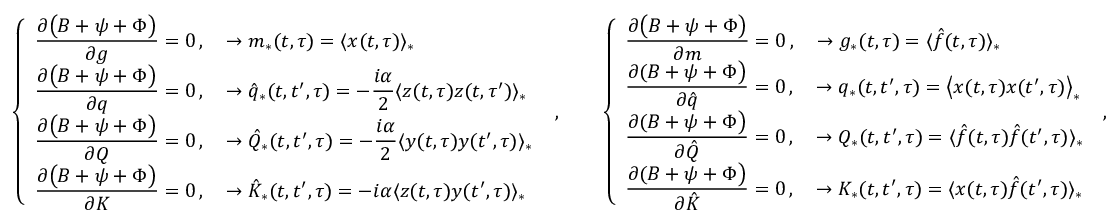
\left\{ \begin{array} { l } { \displaystyle \frac { \partial \big ( B + \psi + \Phi \big ) } { \partial g } = 0 \, , \quad \rightarrow { m } _ { * } ( t , \tau ) = \langle x ( t , \tau ) \rangle _ { * } } \\ { \displaystyle \frac { \partial \big ( B + \psi + \Phi \big ) } { \partial q } = 0 \, , \quad \rightarrow \hat { q } _ { * } ( t , t ^ { \prime } , \tau ) = - \frac { i \alpha } { 2 } \langle z ( t , \tau ) z ( t , \tau ^ { \prime } ) \rangle _ { * } } \\ { \displaystyle \frac { \partial \big ( B + \psi + \Phi \big ) } { \partial Q } = 0 \, , \quad \rightarrow \hat { Q } _ { * } ( t , t ^ { \prime } , \tau ) = - \frac { i \alpha } { 2 } \langle y ( t , \tau ) y ( t ^ { \prime } , \tau ) \rangle _ { * } } \\ { \displaystyle \frac { \partial \big ( B + \psi + \Phi \big ) } { \partial K } = 0 \, , \quad \rightarrow \hat { K } _ { * } ( t , t ^ { \prime } , \tau ) = - i \alpha \langle z ( t , \tau ) y ( t ^ { \prime } , \tau ) \rangle _ { * } } \end{array} \right. \, \, , \qquad \left\{ \begin{array} { l } { \displaystyle \frac { \partial \big ( B + \psi + \Phi \big ) } { \partial m } = 0 \, , \quad \rightarrow { g } _ { * } ( t , \tau ) = \langle \hat { f } ( t , \tau ) \rangle _ { * } } \\ { \displaystyle \frac { \partial ( B + \psi + \Phi \big ) } { \partial \hat { q } } = 0 \, , \quad \rightarrow q _ { * } ( t , t ^ { \prime } , \tau ) = \big \langle x ( t , \tau ) x ( t ^ { \prime } , \tau ) \big \rangle _ { * } } \\ { \displaystyle \frac { \partial ( B + \psi + \Phi \big ) } { \partial \hat { Q } } = 0 \, , \quad \rightarrow Q _ { * } ( t , t ^ { \prime } , \tau ) = \langle \hat { f } ( t , \tau ) \hat { f } ( t ^ { \prime } , \tau ) \rangle _ { * } } \\ { \displaystyle \frac { \partial ( B + \psi + \Phi \big ) } { \partial \hat { K } } = 0 \, , \quad \rightarrow K _ { * } ( t , t ^ { \prime } , \tau ) = \langle x ( t , \tau ) \hat { f } ( t ^ { \prime } , \tau ) \rangle _ { * } } \end{array} \right. \, ,